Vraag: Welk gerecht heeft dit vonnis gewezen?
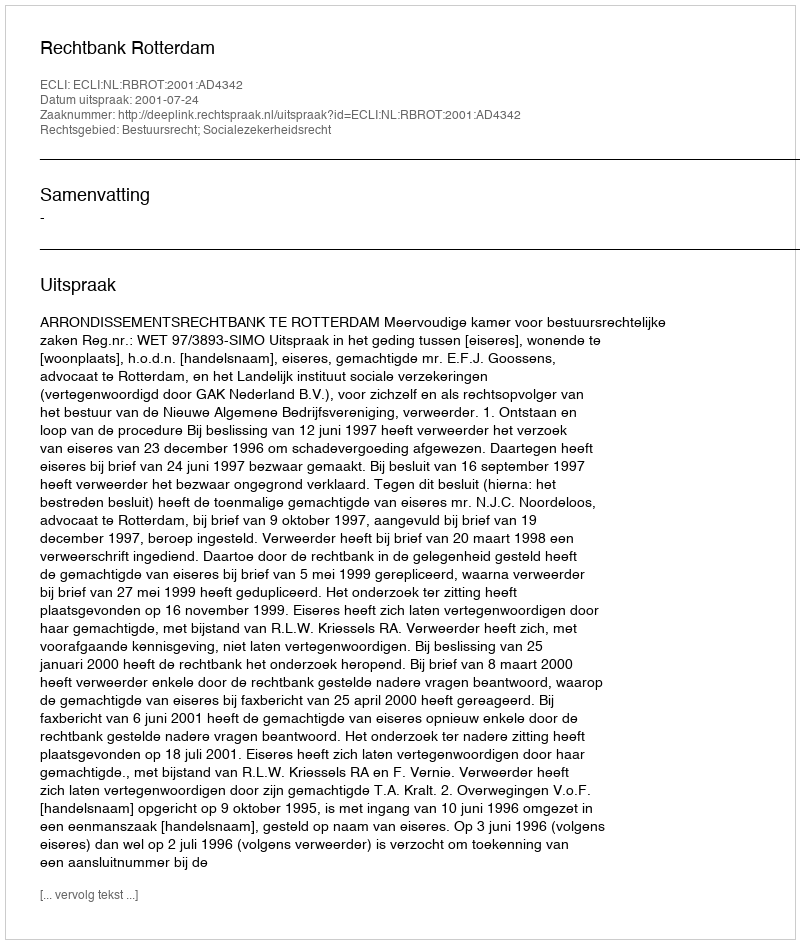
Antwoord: Rechtbank Rotterdam